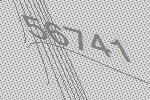
56741